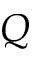
Q